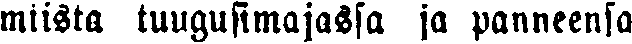
miista tuugusimajassa ja panneensa